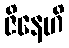
ဇိနေဟိ